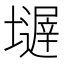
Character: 𱘒